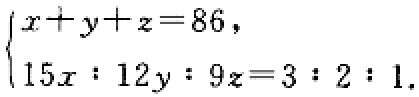
$\begin{cases}
x + y + z = 86,\\
15x:12y:9z = 3:2:1.
\end{cases}$